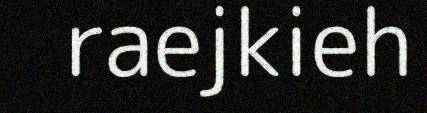
raejkieh